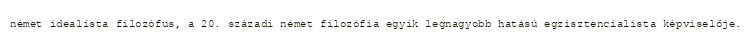
német idealista filozófus, a 20. századi német filozófia egyik legnagyobb hatású egzisztencialista képviselője.